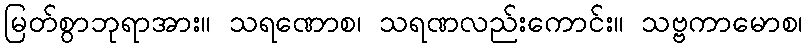
မြတ်စွာဘုရာအား။ သရဏောစ၊ သရဏလည်းကောင်း။ သဗ္ဗကာမောစ၊